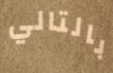
بالتالي